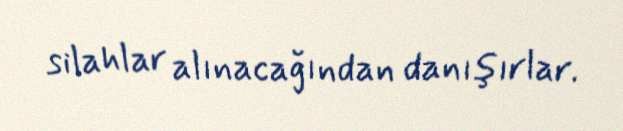
silahlar alınacağından danışırlar.